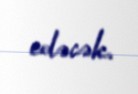
edəcək.